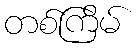
တစ်ကြိမ်